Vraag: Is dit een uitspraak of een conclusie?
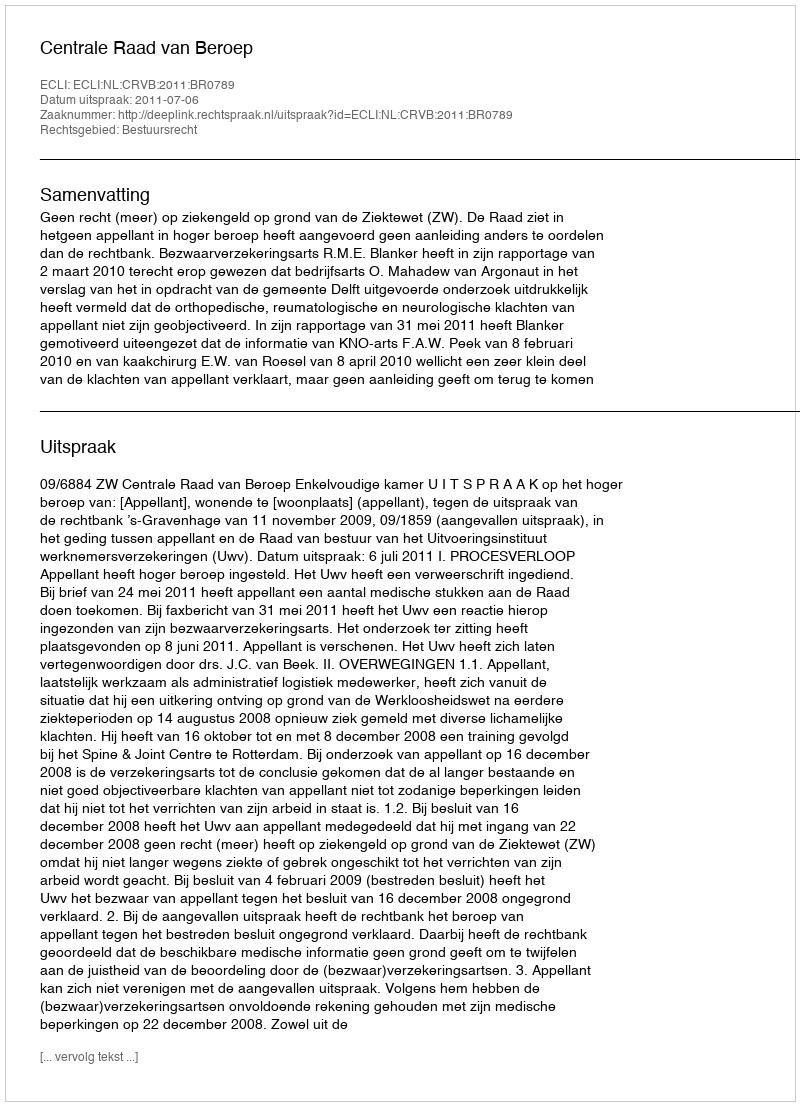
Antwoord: Uitspraak